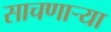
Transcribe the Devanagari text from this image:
साचणाऱ्या